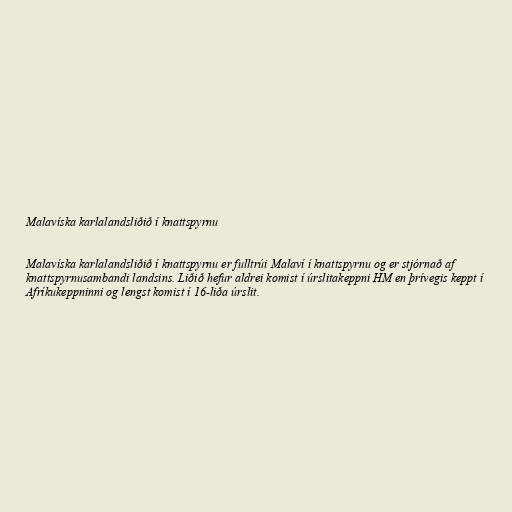
Malavíska karlalandsliðið í knattspyrnu

Malavíska karlalandsliðið í knattspyrnu er fulltrúi Malaví í knattspyrnu og er stjórnað af
knattspyrnusambandi landsins. Liðið hefur aldrei komist í úrslitakeppni HM en þrívegis keppt í
Afríkukeppninni og lengst komist í 16-liða úrslit.